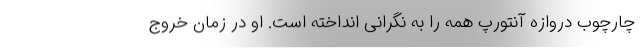
چارچوب دروازه آنتورپ همه را به نگرانی انداخته است. او در زمان خروج